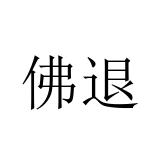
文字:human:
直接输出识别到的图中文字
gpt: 佛退